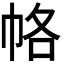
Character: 𭘞